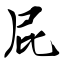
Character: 屁